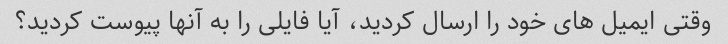
وقتی ایمیل های خود را ارسال کردید، آیا فایلی را به آنها پیوست کردید؟